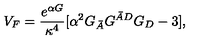
V _ { F } = \frac { e ^ { \alpha G } } { \kappa ^ { 4 } } \lbrack \alpha ^ { 2 } G _ { \bar { A } } G ^ { \bar { A } D } G _ { D } - 3 \rbrack ,